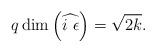
LaTeX: \begin{align*}q\dim\left(\widehat{i\ \epsilon}\right)=\sqrt{2k}.\end{align*}